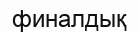
финалдық